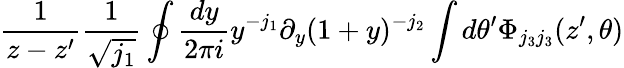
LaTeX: \frac{1}{z-z^{\prime}}\frac{1}{\sqrt{j_{1}}}\oint\frac{dy}{2\pi i}y^{-j_{1}}\partial_{y}(1+y)^{-j_{2}}\int d\theta^{\prime}\Phi_{j_{3}j_{3}}(z^{\prime},\theta)